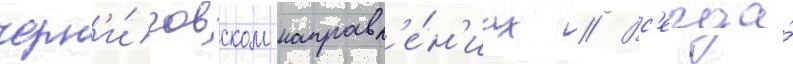
черн'и́говском направл'е́н'иах // Вс'егда́